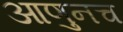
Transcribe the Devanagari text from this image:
आणुनच